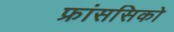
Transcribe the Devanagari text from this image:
फ्रांससिको